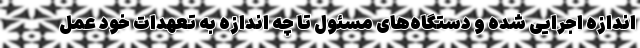
اندازه اجرایی شده و دستگاه‌های مسئول تا چه اندازه به تعهدات خود عمل